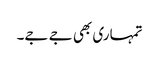
تمہاری بھی جے جے۔